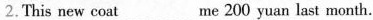
2.This new coat ___ me 200 yuan last month.